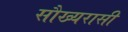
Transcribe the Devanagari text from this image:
सौख्यरासी